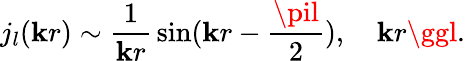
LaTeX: j_{l}(\mathbf{k}r)\sim\frac{{1}}{{\mathbf{k}r}}\, \sin(\mathbf{k}r-\frac{{\pil}}{{2}}),\quad\mathbf{k}r\ggl.